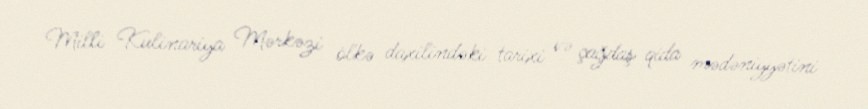
Milli Kulinariya Mərkəzi ölkə daxilindəki tarixi və çağdaş qida mədəniyyətini